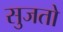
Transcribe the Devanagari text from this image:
सुजतो